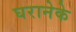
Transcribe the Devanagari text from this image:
घरानेके